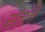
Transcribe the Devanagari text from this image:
संतृत्ति